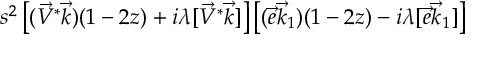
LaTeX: s ^ { 2 } \left[ ( \vec { V } ^ { * } \vec { k } ) ( 1 - 2 z ) + i \lambda [ \vec { V } ^ { * } \vec { k } ] \right] \left[ ( \vec { e } \vec { k } _ { 1 } ) ( 1 - 2 z ) - i \lambda [ \vec { e } \vec { k } _ { 1 } ] \right]